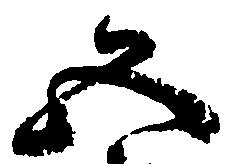
五